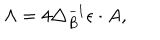
\Lambda = 4 \triangle _ { B } ^ { - 1 } \epsilon \cdot A ,